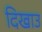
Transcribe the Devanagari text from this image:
दिखाउ